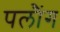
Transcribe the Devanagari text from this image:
पलौंग